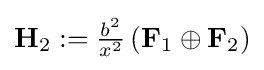
\mathbf {H} _{2}:={\tfrac {b^{2}}{x^{2}}}\left(\mathbf {F} _{1}\oplus \mathbf {F} _{2}\right)